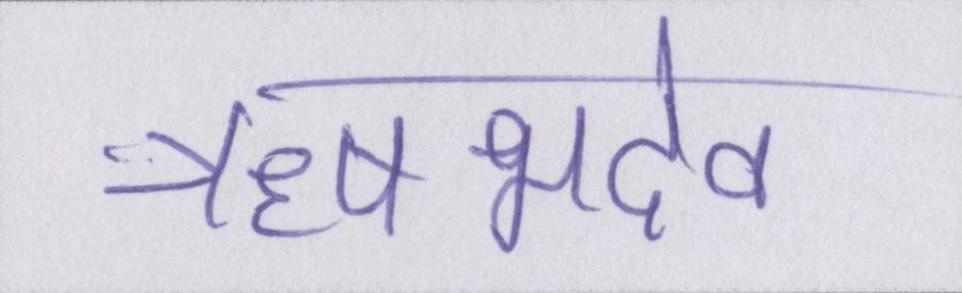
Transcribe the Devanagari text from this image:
ऋषभदेव